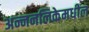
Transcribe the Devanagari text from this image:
अन्ननलिकेमधील